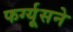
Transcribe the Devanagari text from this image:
फर्ग्यूसने